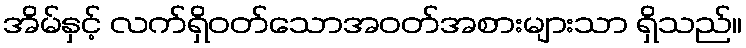
အိမ်နှင့် လက်ရှိဝတ်သောအဝတ်အစားများသာ ရှိသည်။